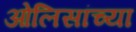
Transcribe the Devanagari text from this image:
ओलिसांच्या